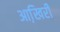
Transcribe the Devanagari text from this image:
आखि़री